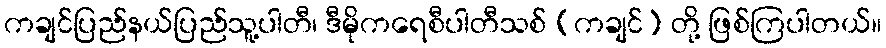
ကချင်ပြည်နယ်ပြည်သူ့ပါတီ၊ ဒီမိုကရေစီပါတီသစ် (ကချင်) တို့ ဖြစ်ကြပါတယ်။